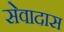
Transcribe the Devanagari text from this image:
सेवादास